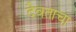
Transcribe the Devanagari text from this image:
दैवताचा